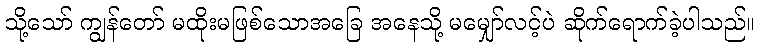
သို့သော် ကျွန်တော် မထိုးမဖြစ်သောအခြေ အနေသို့ မမျှော်လင့်ပဲ ဆိုက်ရောက်ခဲ့ပါသည်။